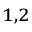
^ { 1 , 2 }